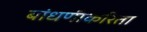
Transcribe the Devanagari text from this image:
बांधणीकरिता